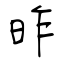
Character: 昨